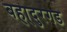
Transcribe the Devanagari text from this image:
बहा्दुरगड